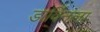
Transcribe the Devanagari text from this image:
डार्विनला